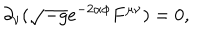
\partial _ { \nu } ( \sqrt { - g } e ^ { - 2 \alpha \phi } F ^ { \mu \nu } ) = 0 ,